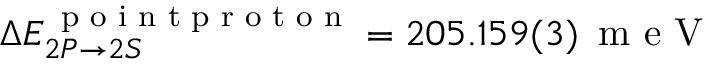
\Delta E _ { 2 P \rightarrow 2 S } ^ { \, \textrm { p o i n t p r o t o n } } = 2 0 5 . 1 5 9 ( 3 ) \, \textrm { m e V }